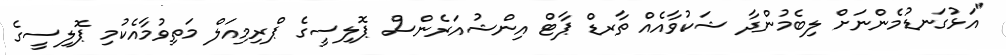
"އަޅުގަނޑުމެންނަށް ލިބެމުންދާ ޝަކުވާއެއް ތާރޑް ޕާޓް އިންޝުއަރެންސް ޕޮލިސީގެ ޕްރިމިއަލް މަތިވުމާއެކުމި ޕޮލިސީގެ